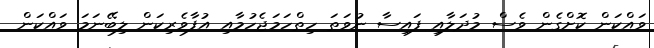
ވައްކަން ކޮށްގެން ވެސް މުދަލާއި ފައިސާ ނުވަތަ ހިތްހަމަޖެހުމާއި އުފާވެރިކަން ލިބޭނަމަ ވައްކަން